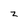
Character: z